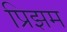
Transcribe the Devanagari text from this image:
प्रिझम